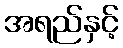
အရည်နှင့်